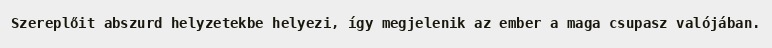
Szereplőit abszurd helyzetekbe helyezi, így megjelenik az ember a maga csupasz valójában.